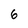
Character: 6